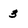
Character: 3